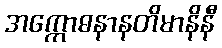
အက္ကောဓနာနတိမာနိနီ